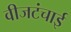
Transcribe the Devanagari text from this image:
वीजटंचाई